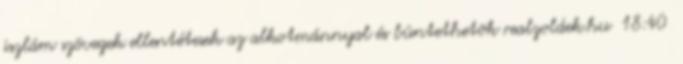
iszlám szövegek ellentétesek az alkotmánnyal és büntethetõk realzoldek.hu 18:40